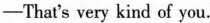
—That's very kind of you.